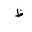
Letter: _za